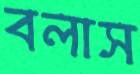
বলাস